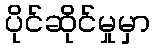
ပိုင်ဆိုင်မှုမှာ